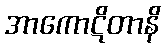
အာကောဋိတာနိ